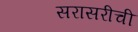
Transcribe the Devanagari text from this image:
सरासरीची